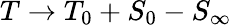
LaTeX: T\rightarrow T_{0}+S_{0}-S_{\infty}